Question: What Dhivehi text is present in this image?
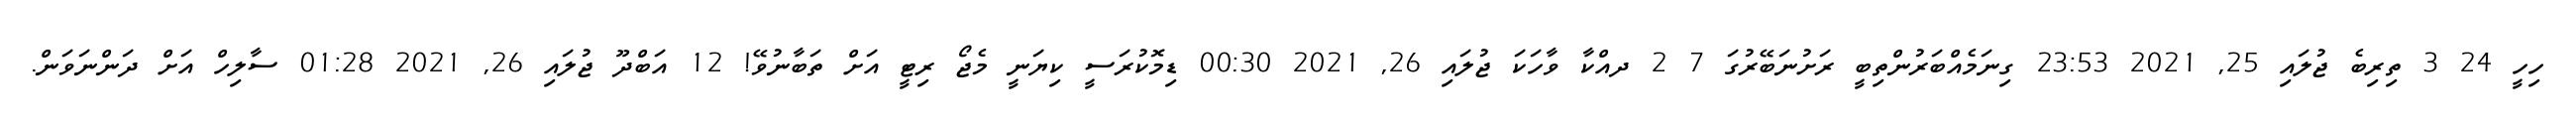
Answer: ހިހީ 24 3 ތިރިބެ ޖުލައި 25, 2021 23:53 ގިނަމެއްބަރުންތިބީ ރަށުނަބޭރުގަ 7 2 ދއްކާ ވާހަކަ ޖުލައި 26, 2021 00:30 ޑިމޮކުރަސީ ކިޔަނީ މެޖޯ ރިޓީ އަށް ތަބާނުވޭ! 12 އަބްދޫ ޖުލައި 26, 2021 01:28 ސާލިހް އަށް ދަންނަވަން.